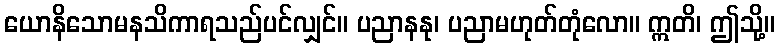
ယောနိသောမနသိကာရသည်ပင်လျှင်။ ပညာနနု၊ ပညာမဟုတ်တုံလော။ ဣတိ၊ ဤသို့။